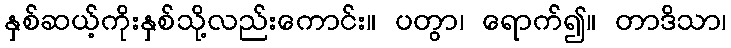
နှစ်ဆယ့်ကိုးနှစ်သို့လည်းကောင်း။ ပတွာ၊ ရောက်၍။ တာဒိသာ၊